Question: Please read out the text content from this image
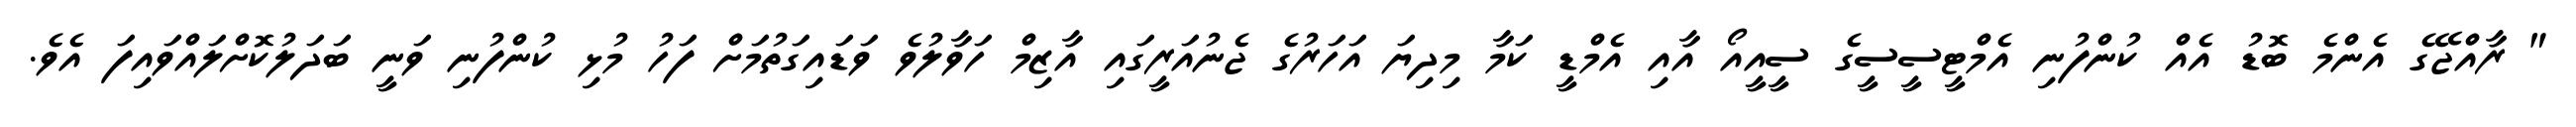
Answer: " ރާއްޖޭގެ އެންމެ ބޮޑު އެއް ކުންފުނި އެމްޓީސީސީގެ ސީއީއޯ އާއި އެމްޑީ ކަމާ މިދިޔަ އަހަރުގެ ޖެނުއަރީގައި އާޒިމް ހަވާލުވެ ވަޑައިގަތުމަށް ފަހު މުޅި ކުންފުނި ވަނީ ބަދަލުކޮށްލައްވައިފަ އެވެ.